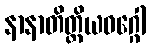
နာနာတိတ္ထိယဝဂ္ဂေါ